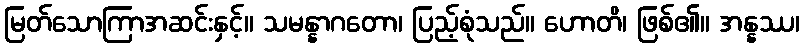
မြတ်သောကြာအဆင်းနှင့်။ သမန္နာဂတော၊ ပြည့်စုံသည်။ ဟောတိ၊ ဖြစ်၏။ အန္နဿ၊